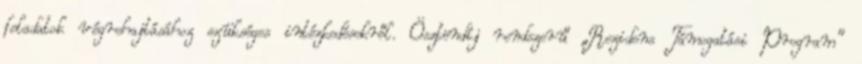
feladatok végrehajtásához szükséges intézkedésekről. Ösztöndíj rendszerű „Rezidens Támogatási Program”